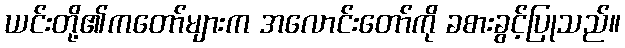
ယင်းတို့၏ကတော်များက အလောင်းတော်ကို ခစားခွင့်ပြုသည်။